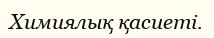
Химиялық қасиеті.